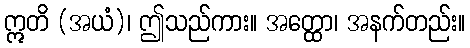
ဣတိ (အယံ)၊ ဤသည်ကား။ အတ္ထော၊ အနက်တည်း။